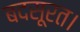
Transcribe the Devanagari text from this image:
बदसूरत।